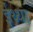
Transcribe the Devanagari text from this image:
ईथ्था